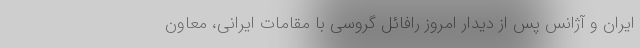
ایران و آژانس پس از دیدار امروز رافائل گروسی با مقامات ایرانی، معاون